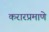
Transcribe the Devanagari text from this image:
करारप्रमाणे